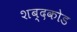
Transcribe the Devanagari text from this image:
शब्दकोड